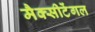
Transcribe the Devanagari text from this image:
मैक्‍सीटेंगल